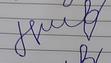
Signature authenticity: forged